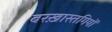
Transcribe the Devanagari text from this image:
बरख़ास्तगियों